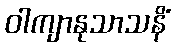
ဝါကျာနုသာသနိံ